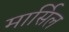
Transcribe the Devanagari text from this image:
मार्सिल